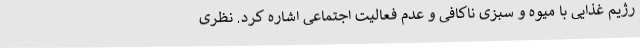
رژیم غذایی با میوه و سبزی ناکافی و عدم فعالیت اجتماعی اشاره کرد. نظری